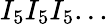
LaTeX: I_{5}I_{5}I_{5}...